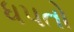
ધપતો